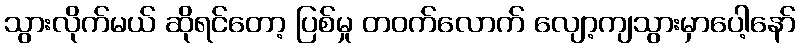
သွားလိုက်မယ် ဆိုရင်တော့ ပြစ်မှု တဝက်လောက် လျော့ကျသွားမှာပေါ့နော်